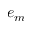
e _ { m }